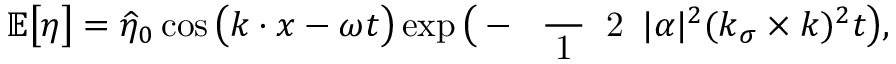
\mathbb { E } \big [ \eta \big ] = \widehat { \eta } _ { 0 } \cos \big ( \boldsymbol { k } \boldsymbol { \cdot } \boldsymbol { x } - \omega t \big ) \exp \big ( - \mathrm { ~ \scriptsize ~ \frac ~ { ~ 1 ~ } ~ { ~ 2 ~ } ~ } | \alpha | ^ { 2 } ( \boldsymbol { k } _ { \sigma } \times \boldsymbol { k } ) ^ { 2 } t \big ) ,